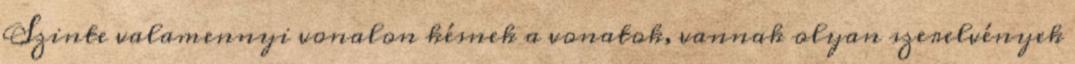
Szinte valamennyi vonalon késnek a vonatok, vannak olyan szerelvények